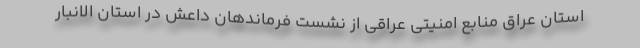
استان عراق منابع امنیتی عراقی از نشست فرماندهان داعش در استان الانبار